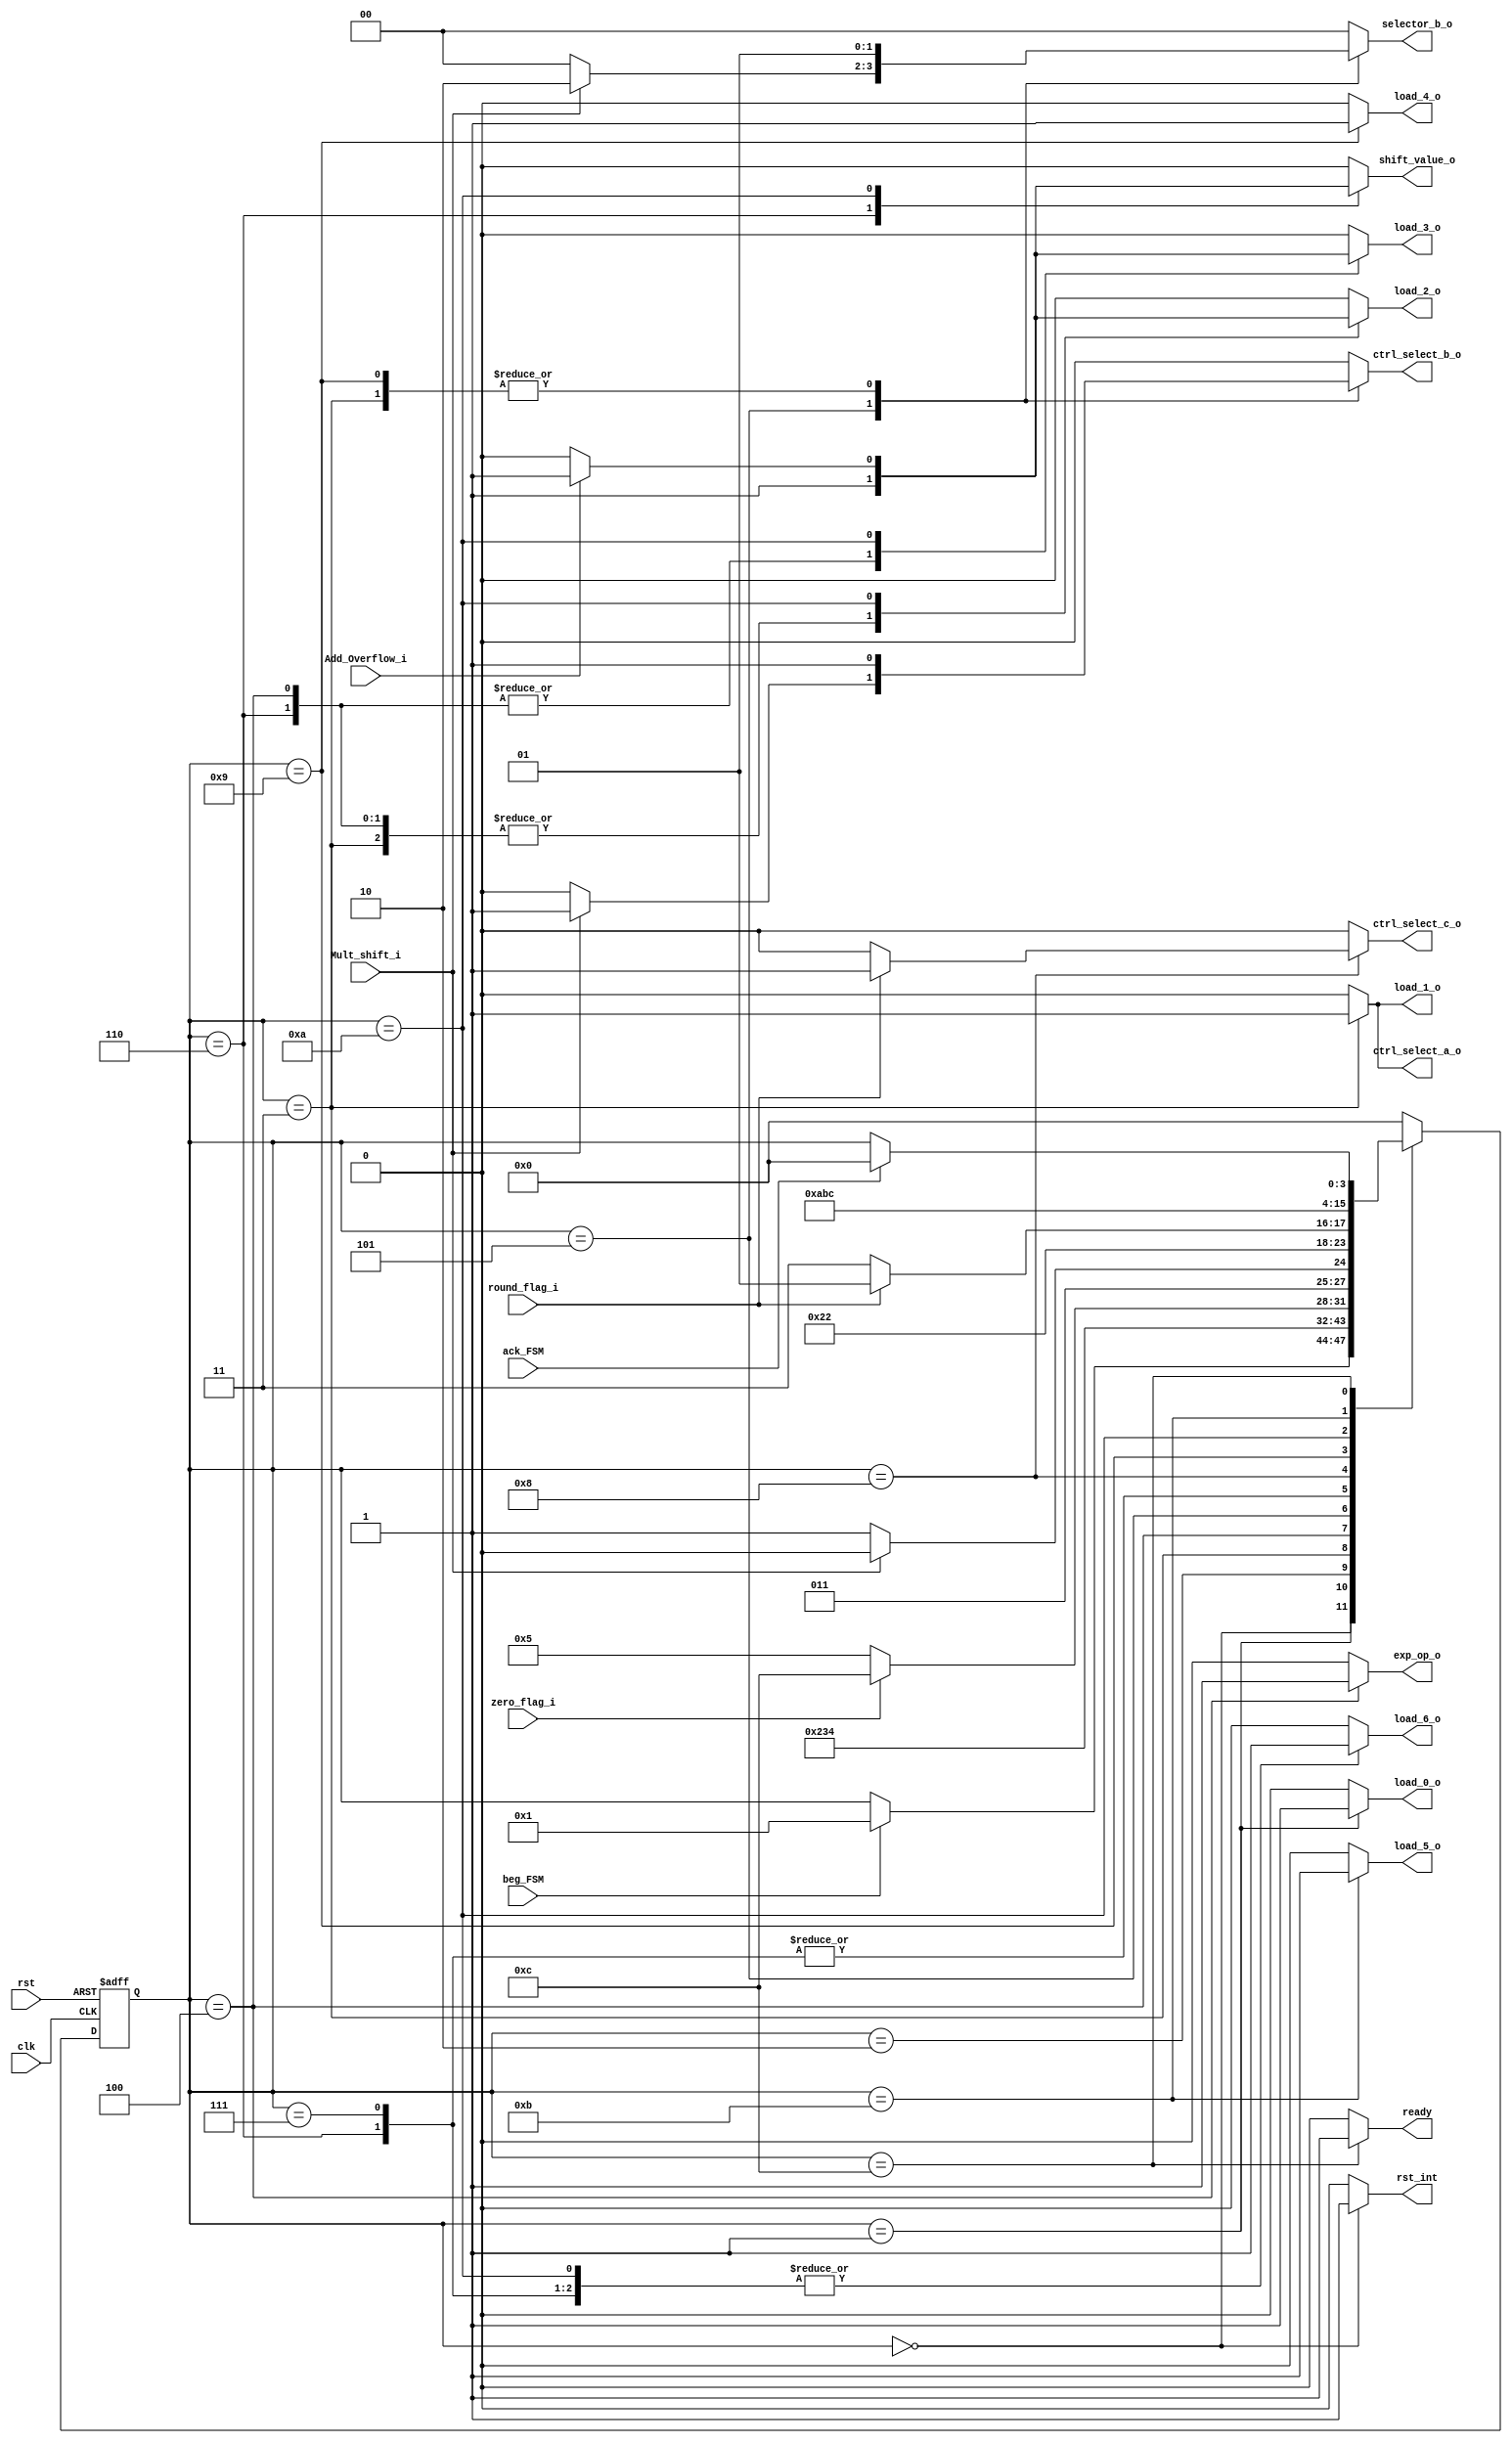
`timescale 1ns / 1ps
//////////////////////////////////////////////////////////////////////////////////
// Company: 
// Engineer: 
// 
// Design Name: 
// Module Name:    FSM_Mult_Function 
// Project Name: 
// Target Devices: 
// Tool versions: 
// Description: 
//
// Dependencies: 
//
// Revision: 
// Revision 0.01 - File Created
// Additional Comments: 
//
//////////////////////////////////////////////////////////////////////////////////
module FSM_Mult_Function(
	//INPUTS
	input wire clk,
	input wire rst,
	input wire beg_FSM, //Be gin the multiply operation
	input wire ack_FSM, //Is used in the last state, is an aknowledge signal
	
	//ZERO PHASE EVALUATION SIGNALS
	input wire zero_flag_i,
	
	//Sgf_Operation *EVALUATION SIGNALS
	input wire Mult_shift_i,
	
	//round decoder EVALUATION SIGNALS
	input wire round_flag_i,
	
	//Adder round EV LUATION Signals
	input wire Add_Overflow_i,

	///////////////////////Load Signals/////////////////////////////////////7

	//Oper Start_in load signal
	output reg load_0_o, 

	/*Zero flag, Exp operation underflow, Sgf operation first reg, sign result reg*/
	output reg load_1_o, 

	//Exp operation result,
	output reg load_2_o, 
	
	//Exp operation Overflow, Sgf operation second reg
	output reg load_3_o, 
	
	//Adder round register
	output reg load_4_o,
	
	//Final result registers
	output reg load_5_o,

	//Barrel shifter registers
	output reg load_6_o,
	

	/////////////////////Multiplexers selector control signals////////////

	//Sixth Phase control signals
	output reg ctrl_select_a_o,
	output reg ctrl_select_b_o,
	output reg [1:0] selector_b_o,
	output reg ctrl_select_c_o,
	

	//////////////////////Module's control signals/////////////////////////
	//Exp operation control signals
	output reg exp_op_o,

	//Barrel shifter control signals
	output reg shift_value_o,

	//Internal reset signal
		output reg rst_int,
		//Ready  Signal
		output reg ready
    );


////////States///////////
//Zero Phase
parameter [3:0] start = 4'd0,//A

load_operands = 4'd1, //B) loads both operands to registers

extra64_1 = 4'd2,

add_exp = 4'd3, //C) Add both operands, evaluate underflow

subt_bias = 4'd4, //D) Subtract bias to the result, evaluate overflow, evaluate zero

mult_overf= 4'd5, //E) Evaluate overflow in Sgf multiplication for normalization case

mult_norn = 4'd6, //F) Overflow normalization, right shift significant and increment exponent

mult_no_norn = 4'd7, //G)No_normalization sgf

round_case = 4'd8, //H) Rounding evaluation. Positive= adder rounding, Negative,=Final load

adder_round =  4'd9, //I) add a 1 to the significand in case of rounding

round_norm = 4'd10, //J) Evaluate overflow in adder for normalization, Positive = normalization, same that F

final_load = 4'd11, //K) Load output registers 

ready_flag = 4'd12; //L) Ready flag, wait for ack signal



//State registers
reg [3:0] state_reg, state_next;

//State registers reset and standby logic
always @(posedge clk, posedge rst)
	if(rst)
		state_reg <= start;
	else
		state_reg <= state_next;

//Transition and Output Logic
always @*
	begin
	//STATE DEFAULT BEHAVIOR
	state_next = state_reg; //If no changes, keep the value of the register unaltered
	
	 load_0_o=0;

	/*Zero flag, Exp operation underflow, Sgf operation first reg, sign result reg*/
	 load_1_o=0;

	//Exp operation result,
	 load_2_o=0; 
	
	//Exp operation Overflow, Sgf operation second reg
	 load_3_o=0; 
	
	//Adder round register
	 load_4_o=0;
	
	//Final result registers
	 load_5_o=0;

	 load_6_o=0;
	 
	//////////////////////Multiplexers selector control signals////////////

	//Sixth Phase control signals
	 ctrl_select_a_o=0;
	 ctrl_select_b_o=0;
	 selector_b_o=2'b0;
	 ctrl_select_c_o=0;
	

	//////////////////////Module's control signals/////////////////////////
	//Exp operation control signals
	 exp_op_o=0;

	//Barrel shifter control signals
	 shift_value_o=0;

	//Internal reset signal
		 rst_int=0;
		//Ready  Signal
		 ready=0;
	
	case(state_reg)
		start:
		begin
			rst_int = 1;
			if(beg_FSM)
				state_next = load_operands; //Jump to the first state of the machine
		end
		//First Phase 
		load_operands:
		begin
			load_0_o = 1;
			state_next = extra64_1;
		end
		
		extra64_1:
		begin
		  state_next = add_exp;
        end
		
		//Zero Check
		add_exp:
		begin
			load_1_o = 1;
			load_2_o = 1;
			ctrl_select_a_o = 1;
			ctrl_select_b_o = 1;
			selector_b_o = 2'b01;
			state_next = subt_bias;
		end
		subt_bias:
		begin
			load_2_o = 1;
			load_3_o = 1;
			exp_op_o = 1;

			if(zero_flag_i)
				state_next = ready_flag;
			else
				state_next = mult_overf;

		end
		mult_overf:
		begin
			if(Mult_shift_i) begin
				ctrl_select_b_o =1;
				selector_b_o =2'b10;
				state_next = mult_norn;
			end
			else
				state_next = mult_no_norn;
		end
		//Ninth Phase
		mult_norn:
		begin
			shift_value_o =1;
			load_6_o = 1;
			load_2_o = 1;
			load_3_o = 1;
			//exp_op_o = 1;
			state_next = round_case;
		end
		mult_no_norn:
		begin
			shift_value_o =0;
			load_6_o = 1;
			state_next = round_case;
		end
		round_case:
		begin
			if(round_flag_i) begin
				ctrl_select_c_o =1;
				state_next = adder_round;
			end
			else
				state_next = final_load;
		end
		adder_round:
		begin
			load_4_o = 1;
			ctrl_select_b_o = 1;
			selector_b_o = 2'b01;
			state_next = round_norm;
		end
		round_norm:
		begin
			load_6_o = 1;
			if(Add_Overflow_i)begin
				shift_value_o =1;
				load_2_o = 1;
				load_3_o = 1;
				state_next = final_load;
			end
			else begin
				shift_value_o =0;
				state_next = final_load;
			end
		end
		
		final_load: 
		begin
			load_5_o =1;
			state_next = ready_flag;
		end
		ready_flag:
		begin
			ready = 1;
				if(ack_FSM) begin
					state_next = start;end
		end
		
		default:
		begin
			state_next =start;end
	endcase
end
				
		
endmodule